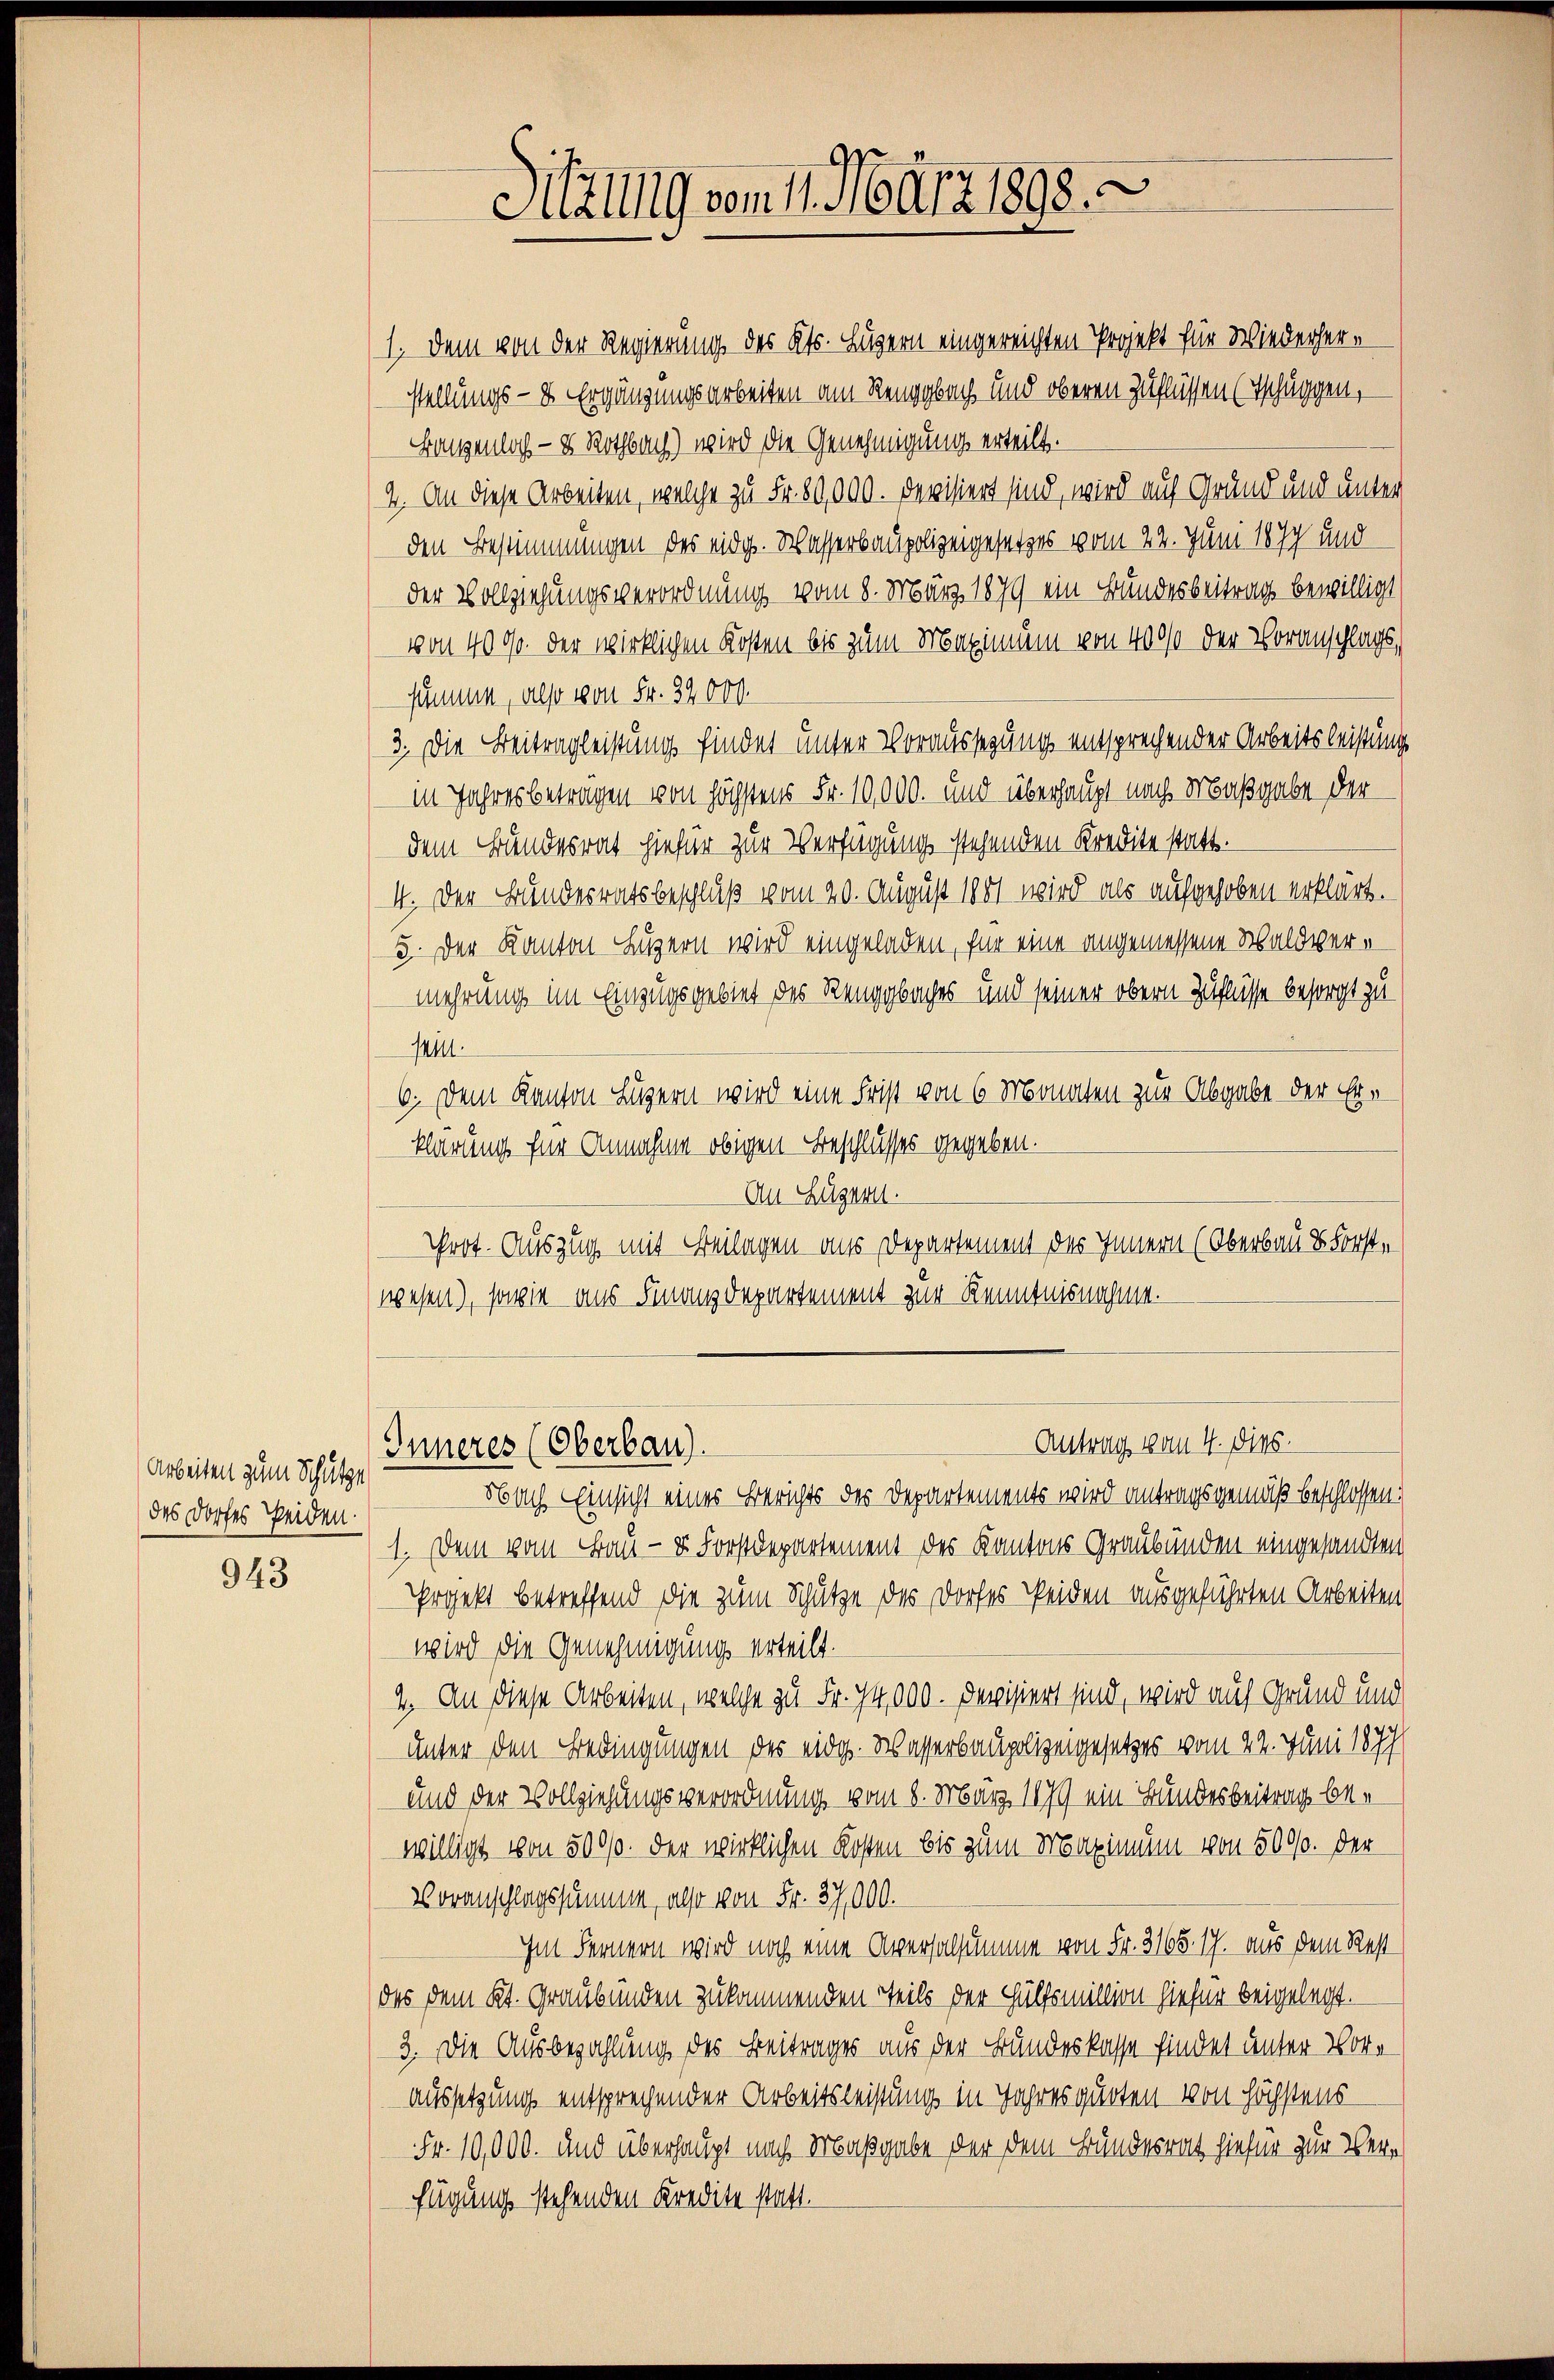
Arbeiten zum Schätze
des Dorfes beiden.

943

1. Dem von der Regierung des Kts. Luzern eingereichten Projekt für Wiederherstellungs- & Ergänzungsarbeiten am Renggbach und oberen Zuflüssen (tschäggen,
Bangenloch — 8 Rothbach) wird die Genehmigung erteilt.
2. An diese Arbeiten, welche zu Fr. 80,000. Devisiert sind, wird auf Grund und unter
den Bestimmungen des eidg. Wasserbaupolizeigesetzes vom 22. Juni 1879 und
der Vollziehungsverordnung vom 8. März 1879 ein Bundesbeitrags bewilligt
von 4000. der wirklichen Kosten bis zum Maximum von 4000 der Voranschlagssumme, also von Fr. 32000.
3. Die Beitragleistung findet unter Voraussegung entsprechender Arbeitsleistung
in Jahresbetragen von höchstens Fr. 10,000. und überhaupt nach Maßgabe der
dem Bundesrat hiefür zur Verfügung stehenden Kredite statt.
4. Der Bundesratsbeschluß vom 20. August 1881 wird als aufgehoben erklärt.
5. Der Kanton Luzern wird eingeladen, für eine angemessene Waldvermehrung im Einzugsgebiet des Renggbaches und seiner obern Zuflüsse besorgt zu
sein.
6. Dem Kanton Luzern wird eine Frist von 6 Monaten zur Abgabe der Erklärung für Annahme obigen Beschlusses gegeben.
An Luzern.
Prot. Auszug mit Beilagen aus Departement des Innern (Oberbau & Forstwesen), sowie aus Finanzdepartement zur Kenntnisnahme.

Inneres (Oberbau).

Obach Einsicht eines Berichts des Departements wird antragsgemäß beschlossen:
1. Dem vom Bau- u. Forstdepartement des Kantons Graubünden eingesandten
Projekt betreffend die zum Schütze des Dorfes seiden ausgeführten Arbeiten
wird die Genehmigung erteilt.
2. An diese Arbeiten, welche zu Fr. 14,000. Devisiert sind, wird auf Grund und
unter den Bedingungen des eidg. Wasserbaupolizengesetzes vom 22. Juni 1877
und der Vollziehungsverordnung vom 8. März 1879 ein Bundesbeitrag bewilligt von 500/0. der wirklichen Kosten bis zum Maximum von 5000. Der
Voranschlagssumme, also von Fr. 37,000.
ihm Sennern wird noch eine Aversalsumme von Fr. 3165. 17. aus dem Rest
das dem Kt. Graubünden zukommenden Teils der Hülfsmillion hiefür beigelegt.
3. Die Ausbezahlung des Beitrages aus der Bundeskasse findet unter Voraussetzung entsprechender Arbeitsleistung in Jahres quoten von höchstens
Fr. 10,000. und überhaupt nach Maßgabe der dem Bundesrath hiefür zur Verfügung stehenden Kredite statt.

Sitzung vom 11. März 1898.

Antrag vom 4. dies